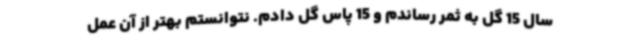
سال 15 گل به ثمر رساندم و 15 پاس گل دادم. نتوانستم بهتر از آن عمل